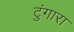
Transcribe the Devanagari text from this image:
टुंगारा